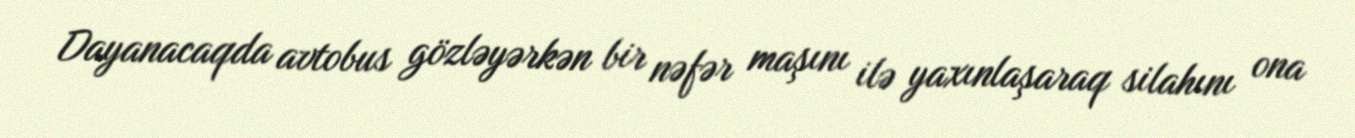
Dayanacaqda avtobus gözləyərkən bir nəfər maşını ilə yaxınlaşaraq silahını ona